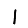
Digit: 1